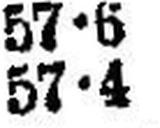
57•4